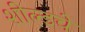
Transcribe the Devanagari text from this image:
शील्डचे